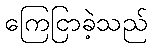
ကြေငြာခဲ့သည်